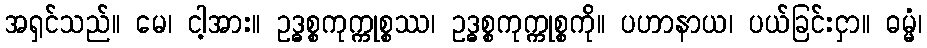
အရှင်သည်။ မေ၊ ငါ့အား။ ဥဒ္ဓစ္စကုက္ကုစ္စဿ၊ ဥဒ္ဓစ္စကုက္ကုစ္စကို။ ပဟာနာယ၊ ပယ်ခြင်းငှာ။ ဓမ္မံ၊